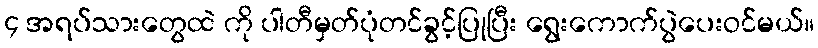
၄ အရပ်သားတွေထဲ ကို ပါတီမှတ်ပုံတင်ခွင့်ပြုပြီး ရွေးကောက်ပွဲပေးဝင်မယ်။